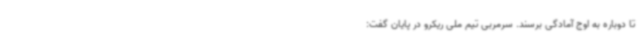
تا دوباره به اوج آمادگی برسند. سرمربی تیم ملی ریکرو در پایان گفت: